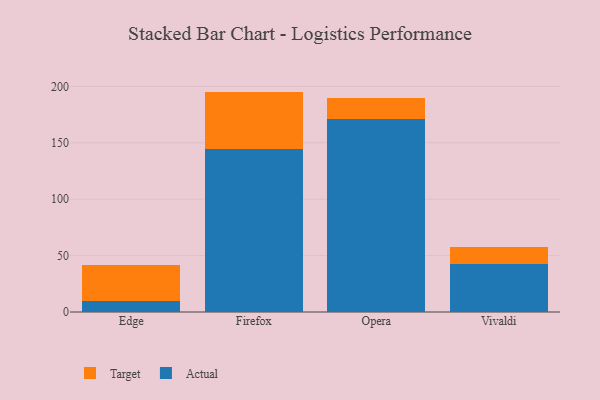
{"axis": {"x": "Browser", "y": "Active Users"}, "legend": ["Actual", "Target"], "data": [{"x": "Edge", "y": 9.7, "type": "Actual"}, {"x": "Edge", "y": 32.2, "type": "Target"}, {"x": "Firefox", "y": 144.2, "type": "Actual"}, {"x": "Firefox", "y": 51.2, "type": "Target"}, {"x": "Opera", "y": 170.9, "type": "Actual"}, {"x": "Opera", "y": 18.9, "type": "Target"}, {"x": "Vivaldi", "y": 42.9, "type": "Actual"}, {"x": "Vivaldi", "y": 14.3, "type": "Target"}]}